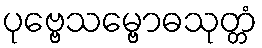
ပုဗ္ဗေသမ္ဗောဓသုတ္တံ